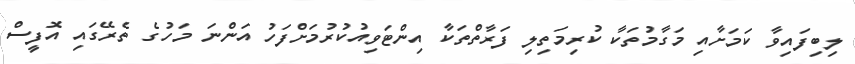
ލިބިފައިވާ ކަމަށާއި މަގާމުތަކާ ކުރިމަތިލި ފަރާތްތަކާ އިންޓަވިއުކުރުމަށްފަހު އަންނަ މަހުގެ ތެރޭގައި އޮފީސް